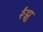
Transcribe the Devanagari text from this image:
र्रूंझू